Lunatic asylums United Provinces 1909-1921 - 1909-1921
Year: 1909
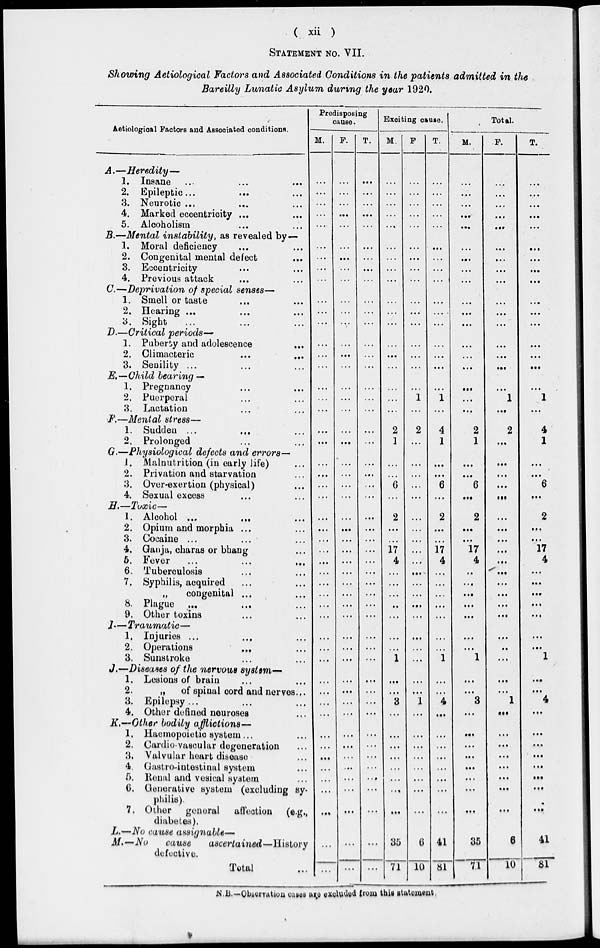
( xii )
STATEMENT NO. VII.
Showing Aetiological Factors and Associated Conditions in the patients admitted in the
Bareilly Lunatic Asylum during the year 1920.
Aetiologioal Factors and Associated conditions.
A.—Heredity—
1. Insane
...
...
...
2. Epileptic ... ... ...
3. Neurotic ... ... ...
4. Marked eccentricity ... ...
5. Alcoholism ... ...
B.—Mental instability, as revealed by—
1. Moral deficiency ... ...
2. Congenital mental defect ...
3. Eccentricity ... ...
4. Previous attack ... ...
C.—Deprivation of special senses—
1. Smell or taste ... ...
2. Hearing ... ... ...
3. Sight ... ... ...
D.—Critical periods—
1. Puberty and adolescence
...
2. Climacteric ... ...
3. Senility ... ... ...
E.—Child bearing —
1. Pregnancy ... ...
2. Puerperal ... ...
3. Lactation ... ...
F.—Mental stress—
1. Sudden ... ... ...
2. Prolonged ... ...
G.—Physiological defects and errors—
1. Malnutrition (in early life) ...
2. Privation and starvation ...
3. Over-exertion (physical) ...
4. Sexual excess ... ...
H.—Toxic—
1. Alcohol
...
...
...
2. Opium and morphia ... ...
3. Cocaine ...
...
...
4. Ganja, charas or bhang ...
5. Fever ... ... ...
6. Tuberculosis ... ...
7. Syphilis, acquired ... ...
„
congenital ... ...
8. Plague ... ... ...
9. Other toxins ... ...
I.—Traumatic—
1. Injuries ... ... ...
2. Operations
...
...
3. Sunstroke ... ...
J.—Diseases of the nervous system—
1. Lesions of brain ... ...
2.
„
of spinal cord and nerves ...
3. Epilepsy ... ... ...
4. Other defined neuroses ...
K.—Other bodily afflictions—
1. Haemopoietic system ... ...
2. Cardiovascular degeneration ...
3. Valvular heart disease ...
4. Gastro-intestinal system ...
5. Renal and vesical system ...
6. Generative system (excluding sy-
philis).
7. Other general affection (e.g.,
diabetes).
L.—No cause assignable—
M.—No
cause
ascertained—History
defective.
Total ...
Predisposing
cause.
M.
...
...
...
...
...
...
...
...
...
...
...
...
...
...
...
...
...
...
...
...
...
...
...
...
...
...
...
...
...
...
...
...
...
...
...
...
...
...
...
...
...
...
...
...
...
...
...
...
...
...
F.
...
...
...
...
...
...
...
...
...
...
...
...
...
...
...
...
...
...
...
...
...
...
...
...
...
...
...
...
...
...
...
...
...
...
...
...
...
...
...
...
...
...
...
...
...
...
...
...
...
T.
...
...
...
...
...
...
...
...
...
...
...
...
...
...
...
...
...
...
...
...
...
...
...
...
...
...
...
...
...
...
...
...
...
...
...
...
...
...
...
...
...
...
...
...
...
...
...
...
...
...
Exciting cause.
M.
...
...
...
...
...
...
...
...
...
...
...
...
...
...
...
...
...
...
2
1
...
...
6
...
2
...
...
17
4
...
...
...
...
...
...
...
1
...
...
3
...
...
...
...
...
...
...
...
35
71
F.
...
...
...
...
...
...
...
...
...
...
...
...
...
...
...
...
1
...
2
...
...
...
...
...
...
...
...
...
...
...
...
...
...
...
...
...
...
...
...
1
...
...
...
...
...
...
...
...
6
10
T.
...
...
...
...
...
...
...
...
...
...
...
...
...
...
...
...
1
...
4
1
...
...
6
...
2
...
...
17
4
...
...
...
...
...
...
...
1
...
...
4
...
...
...
...
...
...
...
...
41
81
Total.
M.
...
...
...
...
...
...
...
...
...
...
...
...
...
...
...
...
...
...
2
1
...
...
6
...
2
...
...
17
4
...
...
...
...
...
...
...
1
...
...
3
...
...
...
...
...
...
...
...
35
71
F.
...
...
...
...
...
...
...
...
...
...
...
...
...
...
...
...
1
...
2
...
...
...
...
...
...
...
...
...
...
...
...
...
...
...
...
...
...
...
...
1
...
...
...
...
...
...
...
...
6
10
T.
...
....
...
...
...
...
...
...
...
...
...
...
...
...
...
...
1
...
4
1
...
...
6
...
2
...
...
17
4
...
...
...
...
...
...
...
1
...
...
4
...
...
...
...
...
...
...
...
41
81
N .B.—Observation cases are excluded from this statement